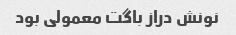
نونش دراز باگت معمولی بود